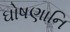
ઘોષણાનિ